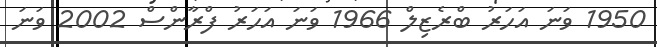
1950 ވަނަ އަހަރު ބްރެޒިލް 1966 ވަނަ އަހަރު ފްރާންސް 2002 ވަަނަ